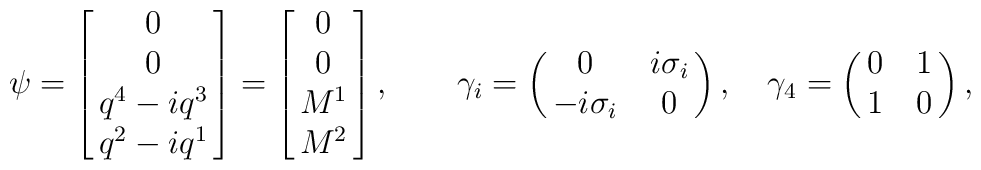
\psi=\left[\matrix{0\cr 0\cr q^4-iq^3\cr q^2-iq^1}\right]=\left[\matrix{0\cr 0\cr M^1\cr M^2}\right],\quad\quad\gamma_i=\left(\matrix{0&i\sigma_i\cr -i\sigma_i&0}\right),\quad\gamma_4=\left(\matrix{0&1\cr 1&0}\right),